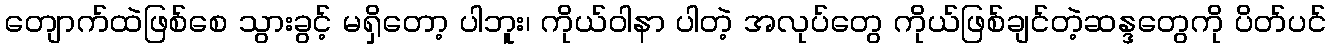
တျောက်ထဲဖြစ်စေ သွားခွင့် မရှိတော့ ပါဘူး၊ ကိုယ်ဝါနာ ပါတဲ့ အလုပ်တွေ ကိုယ်ဖြစ်ချင်တဲ့ဆန္ဒတွေကို ပိတ်ပင်